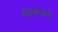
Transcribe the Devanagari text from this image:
लीओबार्क